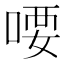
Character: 喓